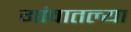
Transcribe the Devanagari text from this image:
गांवातल्या